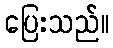
ပြေးသည်။